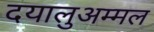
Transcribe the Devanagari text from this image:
दयालुअम्मल